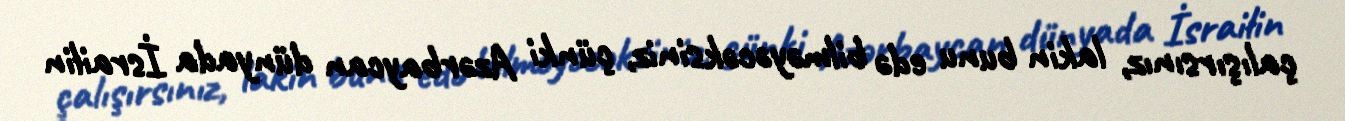
çalışırsınız, lakin bunu edə bilməyəcəksiniz, çünki Azərbaycan dünyada İsrailin